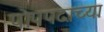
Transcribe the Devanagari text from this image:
पोपपदाच्या